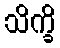
သိက္ခိ